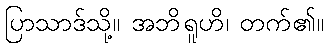
ပြာသာဒ်သို့။ အဘိရူဟိ၊ တက်၏။